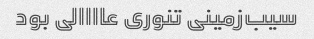
سیب‌زمینی تنوری عاااالی بود